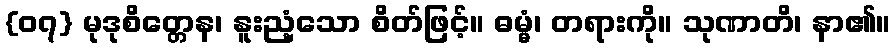
{၀၇} မုဒုစိတ္တေန၊ နူးညံ့သော စိတ်ဖြင့်။ ဓမ္မံ၊ တရားကို။ သုဏာတိ၊ နာ၏။